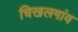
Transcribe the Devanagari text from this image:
चिखलगांव